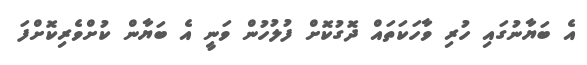
އެ ބަޔާނުގައި ހުރި ވާހަކަތައް ދޮގުކޮށް ފުލުހުން ވަނީ އެ ބަޔާން ކުށްވެރިކޮށްފަ